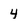
Character: 4